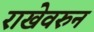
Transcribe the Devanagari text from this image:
राखेवरुन